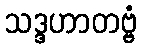
သဒ္ဒဟာတဗ္ဗံ